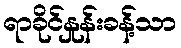
ရာခိုင်နှုန်းခန့်သာ